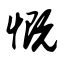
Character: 慨